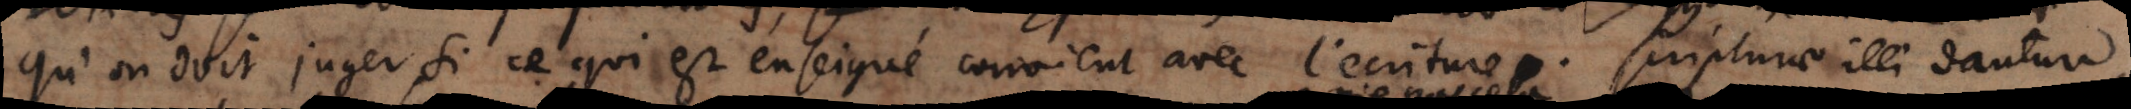
qu’on doit juger si ce qui est enseigné convient avec l’écriture. scripturae illi dantur